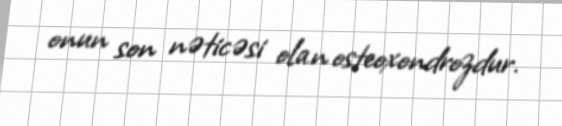
onun son nəticəsi olan osteoxondrozdur.